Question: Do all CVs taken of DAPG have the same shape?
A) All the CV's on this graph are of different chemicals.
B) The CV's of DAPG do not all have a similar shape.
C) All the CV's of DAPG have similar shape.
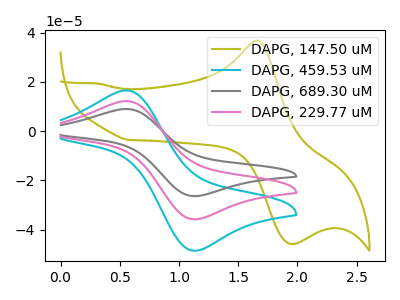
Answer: <think>The olive curve "DAPG, 147.50 uM" has an anodic peak at (1.65V, 36.75uA) and a cathodic peak at (1.95V, -45.85uA). The cyan curve "DAPG, 459.53 uM" has an anodic peak at (0.55V, 16.55uA) and a cathodic peak at (1.15V, -48.60uA). The gray curve "DAPG, 689.30 uM" has an anodic peak at (0.55V, 24.35uA) and a cathodic peak at (1.15V, -71.65uA). The pink curve "DAPG, 229.77 uM" has an anodic peak at (0.55V, 12.20uA) and a cathodic peak at (1.15V, -35.80uA).
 "DAPG, 147.50 uM" and "DAPG, 459.53 uM" have at least one peak that do not match. "DAPG, 147.50 uM" and "DAPG, 689.30 uM" have at least one peak that do not match. "DAPG, 147.50 uM" and "DAPG, 229.77 uM" have at least one peak that do not match. All the peaks in "DAPG, 459.53 uM" have a peak in "DAPG, 689.30 uM" at the same potential. Every peak in "DAPG, 459.53 uM" is lower than every peak in "DAPG, 689.30 uM". All the peaks in "DAPG, 459.53 uM" have a peak in "DAPG, 229.77 uM" at the same potential. Every peak in "DAPG, 459.53 uM" is higher than every peak in "DAPG, 229.77 uM". All the peaks in "DAPG, 689.30 uM" have a peak in "DAPG, 229.77 uM" at the same potential. Every peak in "DAPG, 689.30 uM" is higher than every peak in "DAPG, 229.77 uM".</think>
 <answer>C) All the CV's of "DAPG" have similar shape.</answer>
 <eval>C</eval>